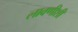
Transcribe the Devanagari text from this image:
लावणीशी